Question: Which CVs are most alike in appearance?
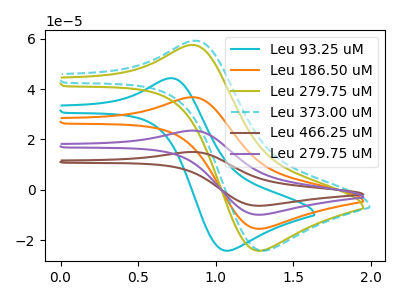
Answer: <think>The cyan curve "Leu 93.25 uM" has an anodic peak at (0.70V, 44.35uA) and a cathodic peak at (1.05V, -24.15uA). The orange curve "Leu 186.50 uM" has an anodic peak at (0.85V, 36.80uA) and a cathodic peak at (1.30V, -15.45uA). The olive curve "Leu 279.75 uM" has an anodic peak at (0.85V, 57.50uA) and a cathodic peak at (1.30V, -24.15uA). The cyan dashed curve "Leu 373.00 uM" has an anodic peak at (0.85V, 59.20uA) and a cathodic peak at (1.30V, -24.15uA). The brown curve "Leu 466.25 uM" has an anodic peak at (0.85V, 110.35uA) and a cathodic peak at (1.30V, -46.35uA). The purple curve "Leu 279.75 uM" has an anodic peak at (0.85V, 73.55uA) and a cathodic peak at (1.30V, -30.90uA).
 "Leu 93.25 uM" and "Leu 186.50 uM" have at least one peak that do not match. "Leu 93.25 uM" and "Leu 279.75 uM" have at least one peak that do not match. "Leu 93.25 uM" and "Leu 373.00 uM" have at least one peak that do not match. "Leu 93.25 uM" and "Leu 466.25 uM" have at least one peak that do not match. "Leu 93.25 uM" and "Leu 279.75 uM" have at least one peak that do not match. All the peaks in "Leu 186.50 uM" have a peak in "Leu 279.75 uM" at the same potential. Every peak in "Leu 186.50 uM" is lower than every peak in "Leu 279.75 uM". All the peaks in "Leu 186.50 uM" have a peak in "Leu 373.00 uM" at the same potential. Every peak in "Leu 186.50 uM" is lower than every peak in "Leu 373.00 uM". All the peaks in "Leu 186.50 uM" have a peak in "Leu 466.25 uM" at the same potential. Every peak in "Leu 186.50 uM" is lower than every peak in "Leu 466.25 uM". All the peaks in "Leu 186.50 uM" have a peak in "Leu 279.75 uM" at the same potential. Every peak in "Leu 186.50 uM" is lower than every peak in "Leu 279.75 uM". All the peaks in "Leu 279.75 uM" have a peak in "Leu 373.00 uM" at the same potential. All the peaks in "Leu 279.75 uM" have a peak in "Leu 466.25 uM" at the same potential. Every peak in "Leu 279.75 uM" is lower than every peak in "Leu 466.25 uM". All the peaks in "Leu 279.75 uM" have a peak in "Leu 279.75 uM" at the same potential. Every peak in "Leu 279.75 uM" is lower than every peak in "Leu 279.75 uM". All the peaks in "Leu 373.00 uM" have a peak in "Leu 466.25 uM" at the same potential. Every peak in "Leu 373.00 uM" is lower than every peak in "Leu 466.25 uM". All the peaks in "Leu 373.00 uM" have a peak in "Leu 279.75 uM" at the same potential. Every peak in "Leu 373.00 uM" is lower than every peak in "Leu 279.75 uM". All the peaks in "Leu 466.25 uM" have a peak in "Leu 279.75 uM" at the same potential. Every peak in "Leu 466.25 uM" is higher than every peak in "Leu 279.75 uM".</think>
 <answer>"Leu 279.75 uM", "Leu 186.50 uM", "Leu 373.00 uM", "Leu 466.25 uM" and "Leu 279.75 uM" have the same shape and are likely CV's of the same chemical.</answer>
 <eval>"Leu 279.75 uM" "Leu 186.50 uM" "Leu 373.00 uM" "Leu 466.25 uM" "Leu 279.75 uM"</eval>